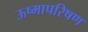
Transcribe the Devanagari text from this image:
ऊष्मापरिषण